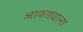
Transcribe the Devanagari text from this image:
आकड्याला